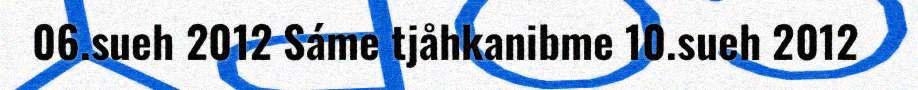
06.sueh 2012 Sáme tjåhkanibme 10.sueh 2012